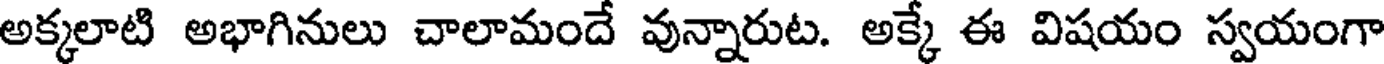
అక్కలాటి అభాగినులు చాలామందే వున్నారుట. అక్కే ఈ విషయం స్వయంగా